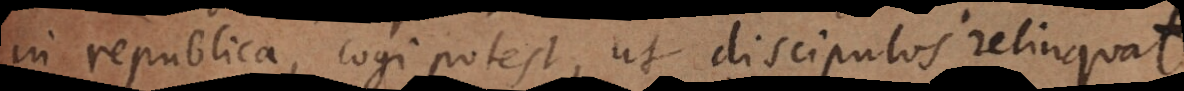
in republica, cogi potest, ut discipulos relinquat.